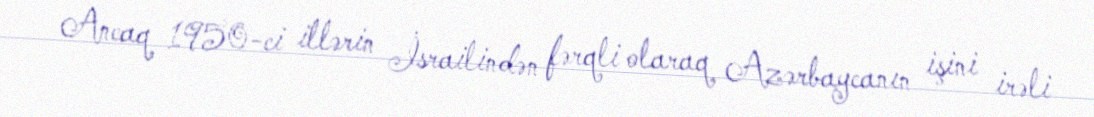
Ancaq 1950-ci illərin İsrailindən fərqli olaraq Azərbaycanın işini irəli